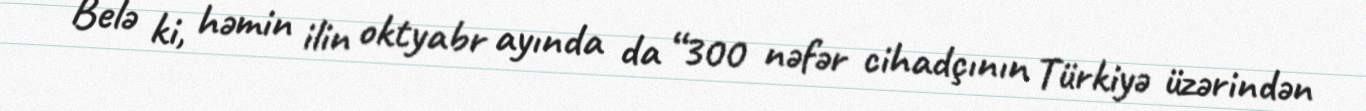
Belə ki, həmin ilin oktyabr ayında da “300 nəfər cihadçının Türkiyə üzərindən